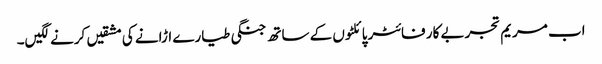
اب مریم تجربے کار فائٹر پائلٹوں کے ساتھ جنگی طیارے اڑانے کی مشقیں کرنے لگیں۔